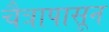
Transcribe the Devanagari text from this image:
चैत्रापासून